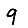
Digit: 9